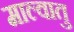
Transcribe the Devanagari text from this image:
माल्वातु